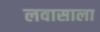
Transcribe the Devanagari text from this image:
लवासाला